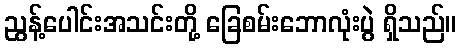
ညွန့်ပေါင်းအသင်းတို့ ခြေစမ်းဘောလုံးပွဲ ရှိသည်။